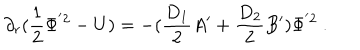
\partial _ { r } ( \frac { 1 } { 2 } \Phi ^ { ' 2 } - U ) = - ( \frac { D _ { 1 } } { 2 } A ^ { \prime } + \frac { D _ { 2 } } { 2 } B ^ { \prime } ) \Phi ^ { ' 2 } ~ .